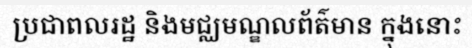
ប្រជាពលរដ្ឋ និងមជ្ឈមណ្ឌលព័ត៌មាន ក្នុងនោះ